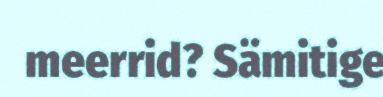
meerrid? Sämitige